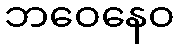
ဘဝေနေဝ